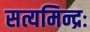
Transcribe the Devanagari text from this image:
सत्यमिन्द्रः